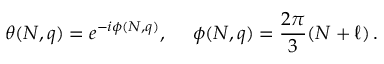
\theta ( N , q ) = e ^ { - i \phi ( N , q ) } , ~ ~ ~ ~ \phi ( N , q ) = \frac { 2 \pi } { 3 } ( N + \ell ) \, .